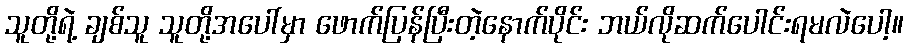
သူတို့ရဲ့ ချစ်သူ သူတို့အပေါ်မှာ ဖောက်ပြန်ပြီးတဲ့နောက်ပိုင်း ဘယ်လိုဆက်ပေါင်းရမလဲပေါ့။